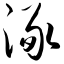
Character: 涿